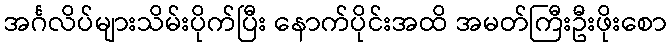
အင်္ဂလိပ်များသိမ်းပိုက်ပြီး နောက်ပိုင်းအထိ အမတ်ကြီးဦးဖိုးစော